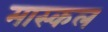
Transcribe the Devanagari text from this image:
मास्कल